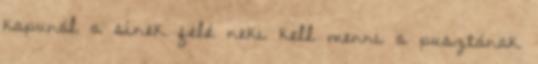
kapunál a sínek felé neki kell menni a pusztának